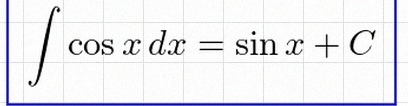
\int \cos x\,dx=\sin x+C